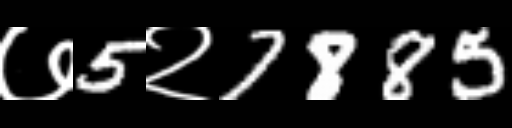
Text: ७5२7885